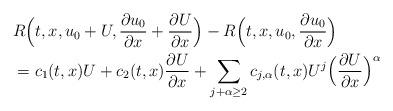
LaTeX: \begin{align*} &R \Bigl(t,x, u_0+U, \frac{\partial u_0}{\partial x} + \frac{\partial U}{\partial x} \Bigr) - R \Bigl(t,x, u_0, \frac{\partial u_0}{\partial x}\Bigr) \\ &=c_1(t,x)U + c_2(t,x)\frac{\partial U}{\partial x} + \sum_{j+\alpha \geq 2} c_{j,\alpha}(t,x) U^j \Bigl(\frac{\partial U}{\partial x} \Bigr)^{\alpha}\end{align*}